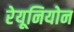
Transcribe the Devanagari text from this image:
रेयूनियोन